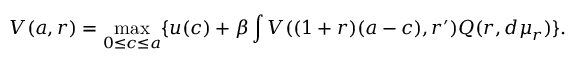
V ( a , r ) = \operatorname* { m a x } _ { 0 \leq c \leq a } \{ u ( c ) + \beta \int V ( ( 1 + r ) ( a - c ) , r ^ { \prime } ) Q ( r , d \mu _ { r } ) \} .